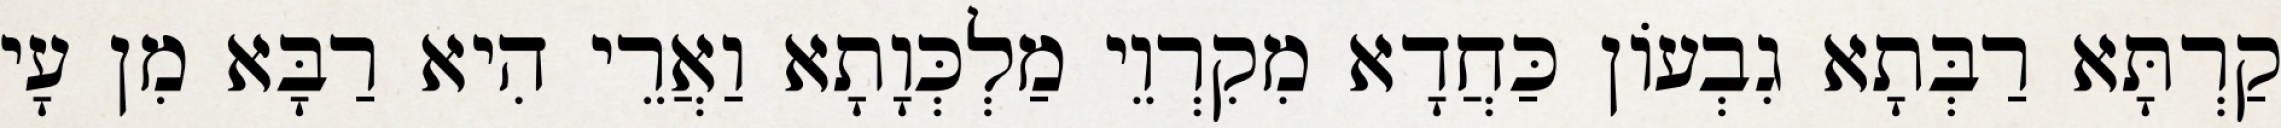
קַרְתָּא רַבְּתָא גִבְעוֹן כַּחֲדָא מִקִרְוֵי מַלְכְּוָתָא וַאֲרֵי הִיא רַבָּא מִן עָי